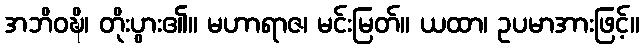
အဘိဝဍ္ဎိ၊ တိုးပွား၏။ မဟာရာဇ၊ မင်းမြတ်။ ယထာ၊ ဥပမာအားဖြင့်။